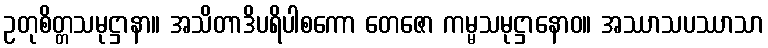
ဥတုစိတ္တသမုဋ္ဌာနာ။ အသိတာဒိပရိပါစကော တေဇော ကမ္မသမုဋ္ဌာနောဝ။ အဿာသပဿာသာ